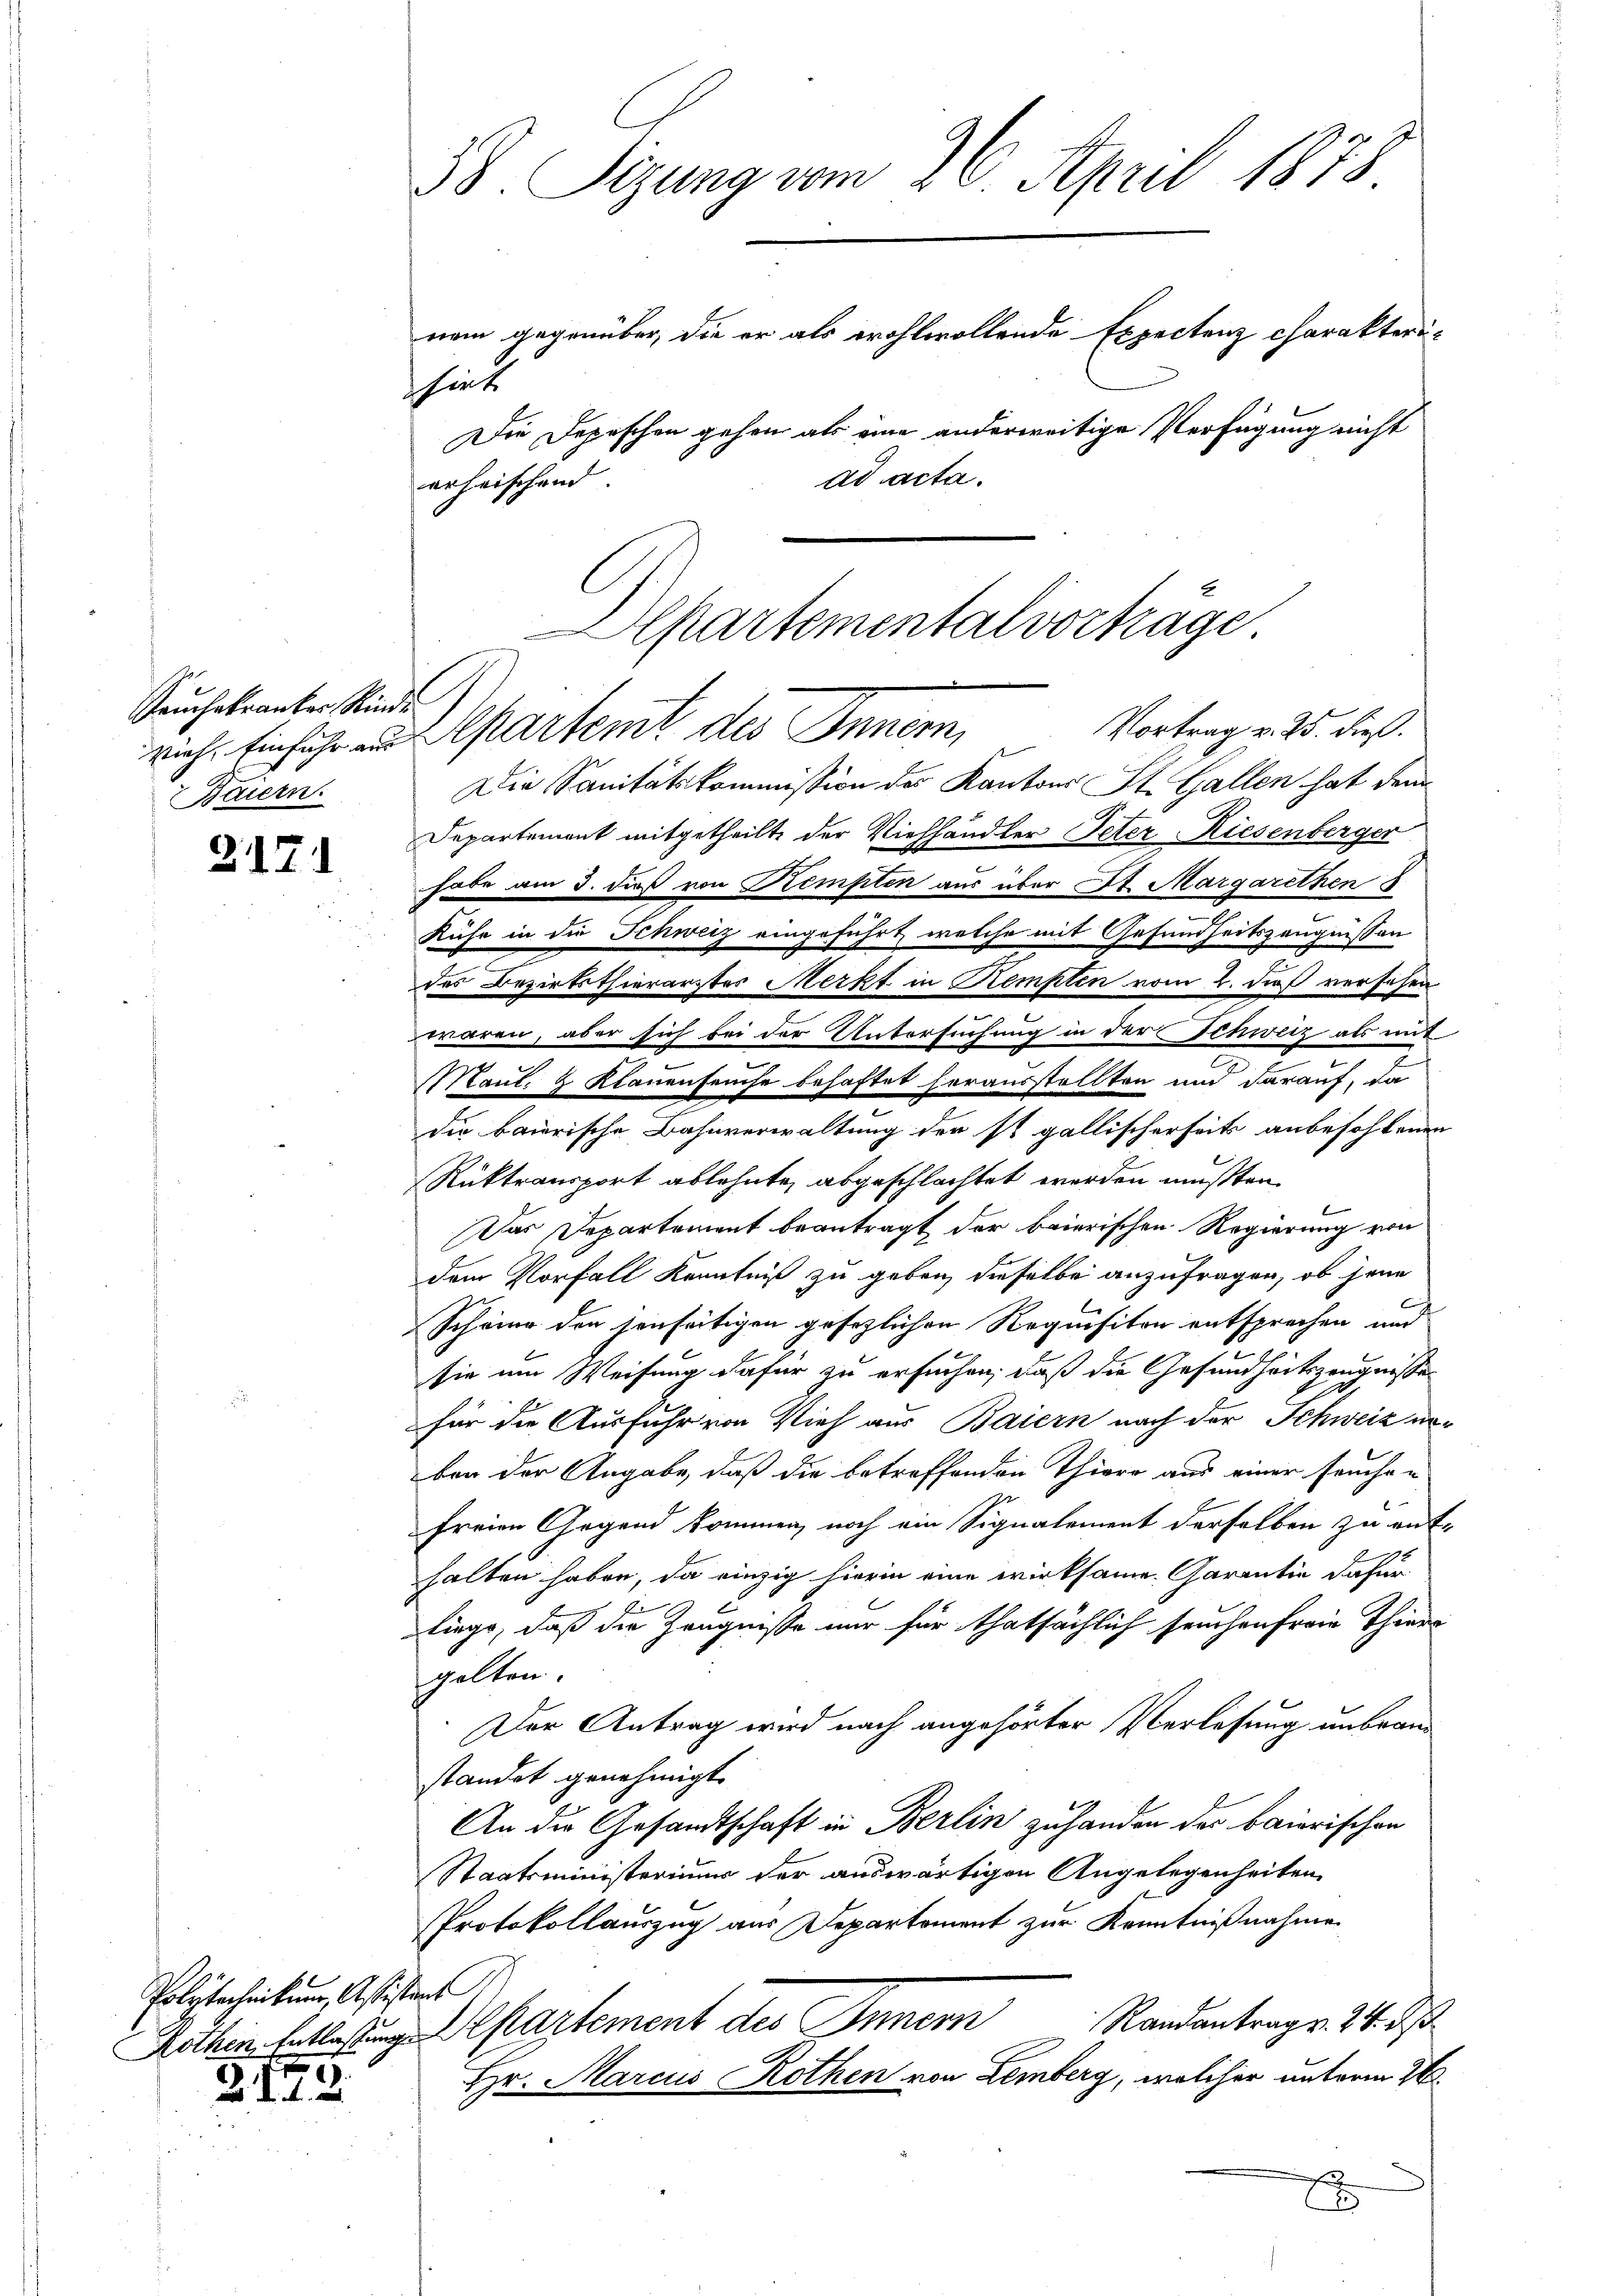
Tauchekranker Rinde
Baiern.

217.

Polytechnikums, Assistant

173.

38. Segung vom 26. April 1878.
nem gegenüber, die er als wohlwollende Expectenz charakterihinte
Die Depeschen gehen als eine anderweitige Verfügung nicht
ad acta.
erheischend

Die Sanitätskommission des Kantons St. Gallen hat dem
Departemont mitgetheilt der Viehhändler Peter Riesenberger
habe am 3. dieß von Kempten aus über St. Margarethen 8
Kuhr in die Schweiz eingeführt, welche mit Gesundheitszeugnissen
des Bezirksthierarztes Merkt in Rempten vom 2. dieß versehen
waren, aber sich bei der Untersuchung in der Schweiz als mit
e
Maul- & Klauenseuche behaftet herausstellten und darauf, da
die baierische Bahnverwaltung der ist gallischerseits anbefohlenen
Rüktransport ablehnte, abgeschlachtet werden mußten.
Das Departement beantragt der baierischen Regierung von
dem Vorfall Kenntniß zu geben dieselbe anzufragen, ob jene
Scheine den jenseitigen gesezlichen Requisiten entsprechen und
sie um Weisung dafür zu ersuchen, daß die Gesundheitszeugnisse
für die Ausfuhr von Vieh aus Baiern nach der Schweiz unber der Angabe, daß die betreffenden Thiere aus einer Fruchen
freien Gegend kommen, noch ein Signalement derselben zu enthalten haben, da einzig hierin eine wirksame Garantie dafür
liege, daß die Zeugnisse nur für thatsächlich seuchen freie Thiers
golten.
Der Antrag wird nach angehörter Verlesung unbranstandet genehmigt.
An die Gesandtschaft in Berlin zuhanden das baierischen
Staatsministeriums der auswärtigen Angelegenheiten
Protokollauszug aus Departement zur Kenntnißnahmen
Randantrags. 24. ds
Kothin Entlastung. Departement des Innern
Hr. Marcus Rothen von Lemberg, welcher unterm 2t
E

Alpartemental vorhäge
Vortrag v. 25. dieß.
rich. Einfuhr und partemt des Innern,